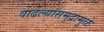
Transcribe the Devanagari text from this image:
वाढल्यासमुद्रामुळे